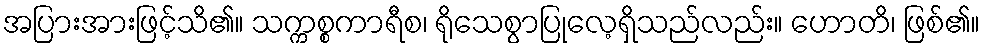
အပြားအားဖြင့်သိ၏။ သက္ကစ္စကာရီစ၊ ရိုသေစွာပြုလေ့ရှိသည်လည်း။ ဟောတိ၊ ဖြစ်၏။